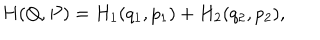
H ( Q , P ) = H _ { 1 } ( q _ { 1 } , p _ { 1 } ) + H _ { 2 } ( q _ { 2 } , p _ { 2 } ) ,